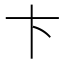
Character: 卞